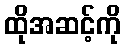
ထိုအဆင့်ကို